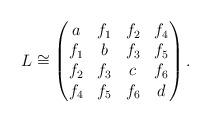
LaTeX: \begin{align*}L\cong \begin{pmatrix}a & f_{1} &f_{2} &f_{4} \\f_{1} &b &f_{3} &f_{5} \\f_{2} &f_{3} &c &f_{6} \\f_{4} &f_{5} &f_{6} &d\end{pmatrix}.\end{align*}